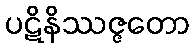
ပဋိနိဿဇ္ဇတော